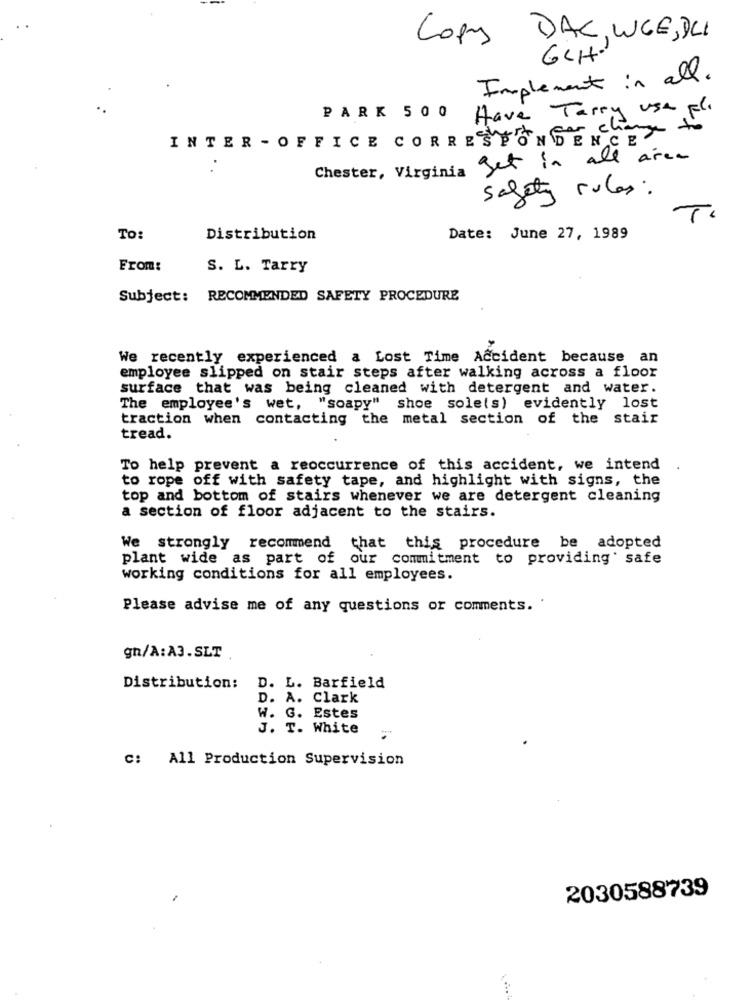
Copy DAC, WGE, DLI
GLH.
Implement in all.
PARK 500
Have Tarry use Fl.
INTER - OFFICE CORRESYONG Cha
Chester, Virginia get in all area
safety rules :
To:
Distribution
Date: June 27, 1989
From:
S. L. Tarry
Subject: RECOMMENDED SAFETY PROCEDURE
We recently experienced a Lost Time Accident because an
employee slipped on stair steps after walking across a floor
surface that was being cleaned with detergent and water.
The employee's wet, "soapy" shoe sole(s) evidently lost
traction when contacting the metal section of the stair
tread.
To help prevent a reoccurrence of this accident, we intend
to rope off with safety tape, and highlight with signs, the
top and bottom of stairs whenever we are detergent cleaning
a section of floor adjacent to the stairs.
We strongly recommend that this procedure be adopted
plant wide as part of our commitment to providing safe
working conditions for all employees.
Please advise me of any questions or comments. .
gn/A:A3.SLT
Distribution:
D. L. Barfield
D. A. Clark
W. G. Estes
J. T. White
c: All Production Supervision
2030588739